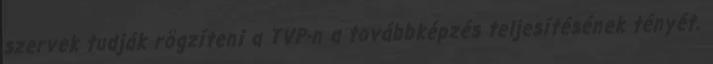
szervek tudják rögzíteni a TVP-n a továbbképzés teljesítésének tényét.